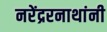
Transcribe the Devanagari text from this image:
नरेंद्ररनाथांनी